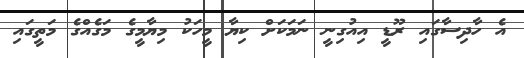
އެ ހާދިސާގައި ރޫޑީ އިއުގިނީ ނަމަކަށް ކިޔާ މީހަކު މިޔާމީގެ މަގެއްގެ މަތީގައި